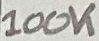
Text: 100K